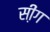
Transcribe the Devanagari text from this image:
सी़ंग